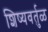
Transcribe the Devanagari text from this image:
शिष्यवर्तुळ